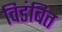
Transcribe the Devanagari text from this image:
विडंबित